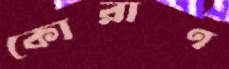
কোরাণ